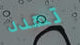
تهدد